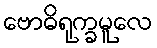
ဗောဓိရုက္ခမူလေ